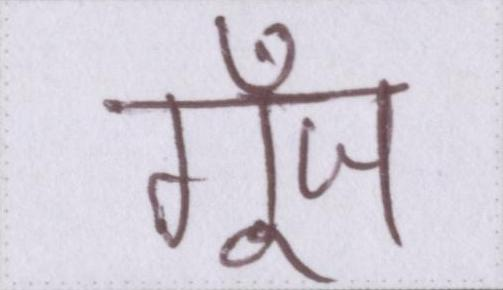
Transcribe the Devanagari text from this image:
गूँज